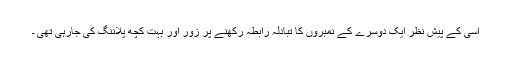
اسی کے پیش نظر ایک دوسرے کے نمبروں کا تبادلہ رابطہ رکھنے پر زور اور بہت کچھ پلاننگ کی جارہی تھی ۔